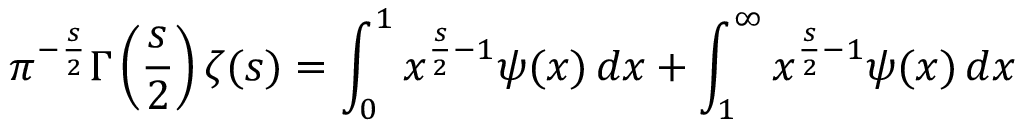
\pi ^ { - { \frac { s } { 2 } } } \Gamma \left( { \frac { s } { 2 } } \right) \zeta ( s ) = \int _ { 0 } ^ { 1 } x ^ { { \frac { s } { 2 } } - 1 } \psi ( x ) \, d x + \int _ { 1 } ^ { \infty } x ^ { { \frac { s } { 2 } } - 1 } \psi ( x ) \, d x